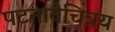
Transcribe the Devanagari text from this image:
पटनावैचित्रय